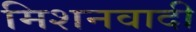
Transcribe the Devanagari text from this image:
मिशनवादी